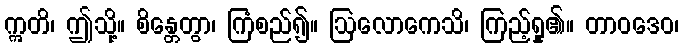
ဣတိ၊ ဤသို့။ စိန္တေတွာ၊ ကြံစည်၍။ ဩလောကေသိ၊ ကြည့်ရှု၏။ တာဝဒေဝ၊